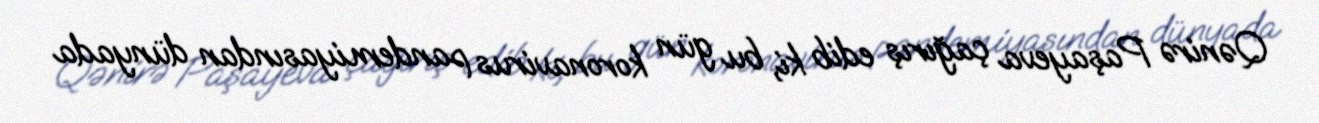
Qənirə Paşayeva çağırış edib ki, bu gün koronavirus pandemiyasından dünyada